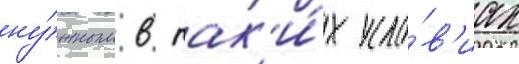
ну́жным в так'и́х усло́в'иах